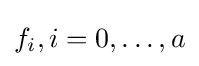
f_{i},i=0,\ldots ,a